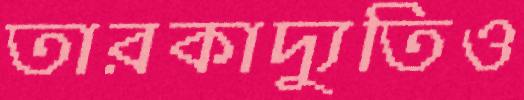
তারকাদ্যুতিও